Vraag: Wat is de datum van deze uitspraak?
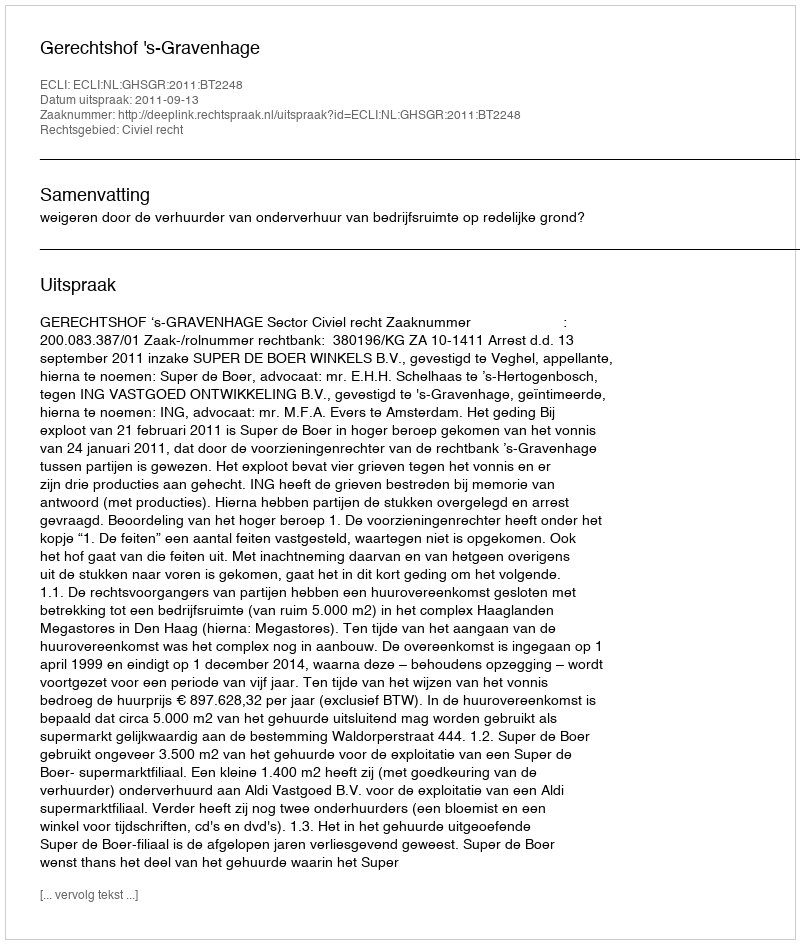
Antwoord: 2011-09-13